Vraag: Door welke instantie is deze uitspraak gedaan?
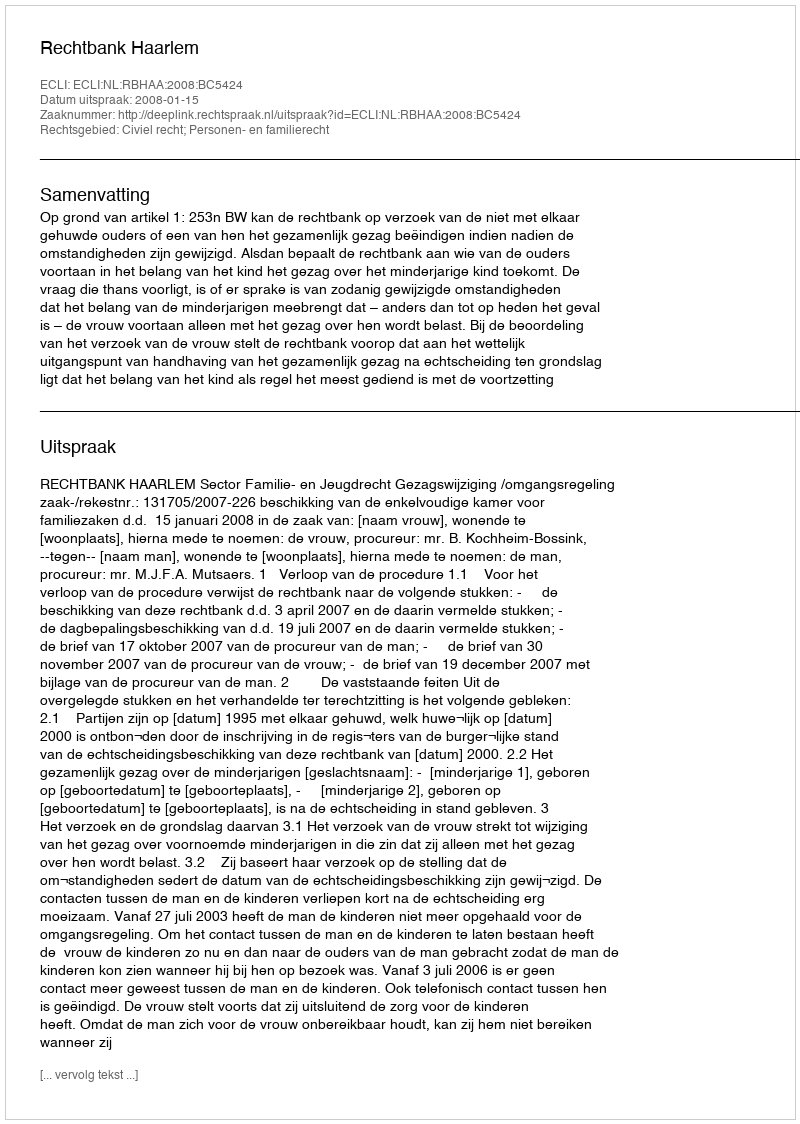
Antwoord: Rechtbank Haarlem